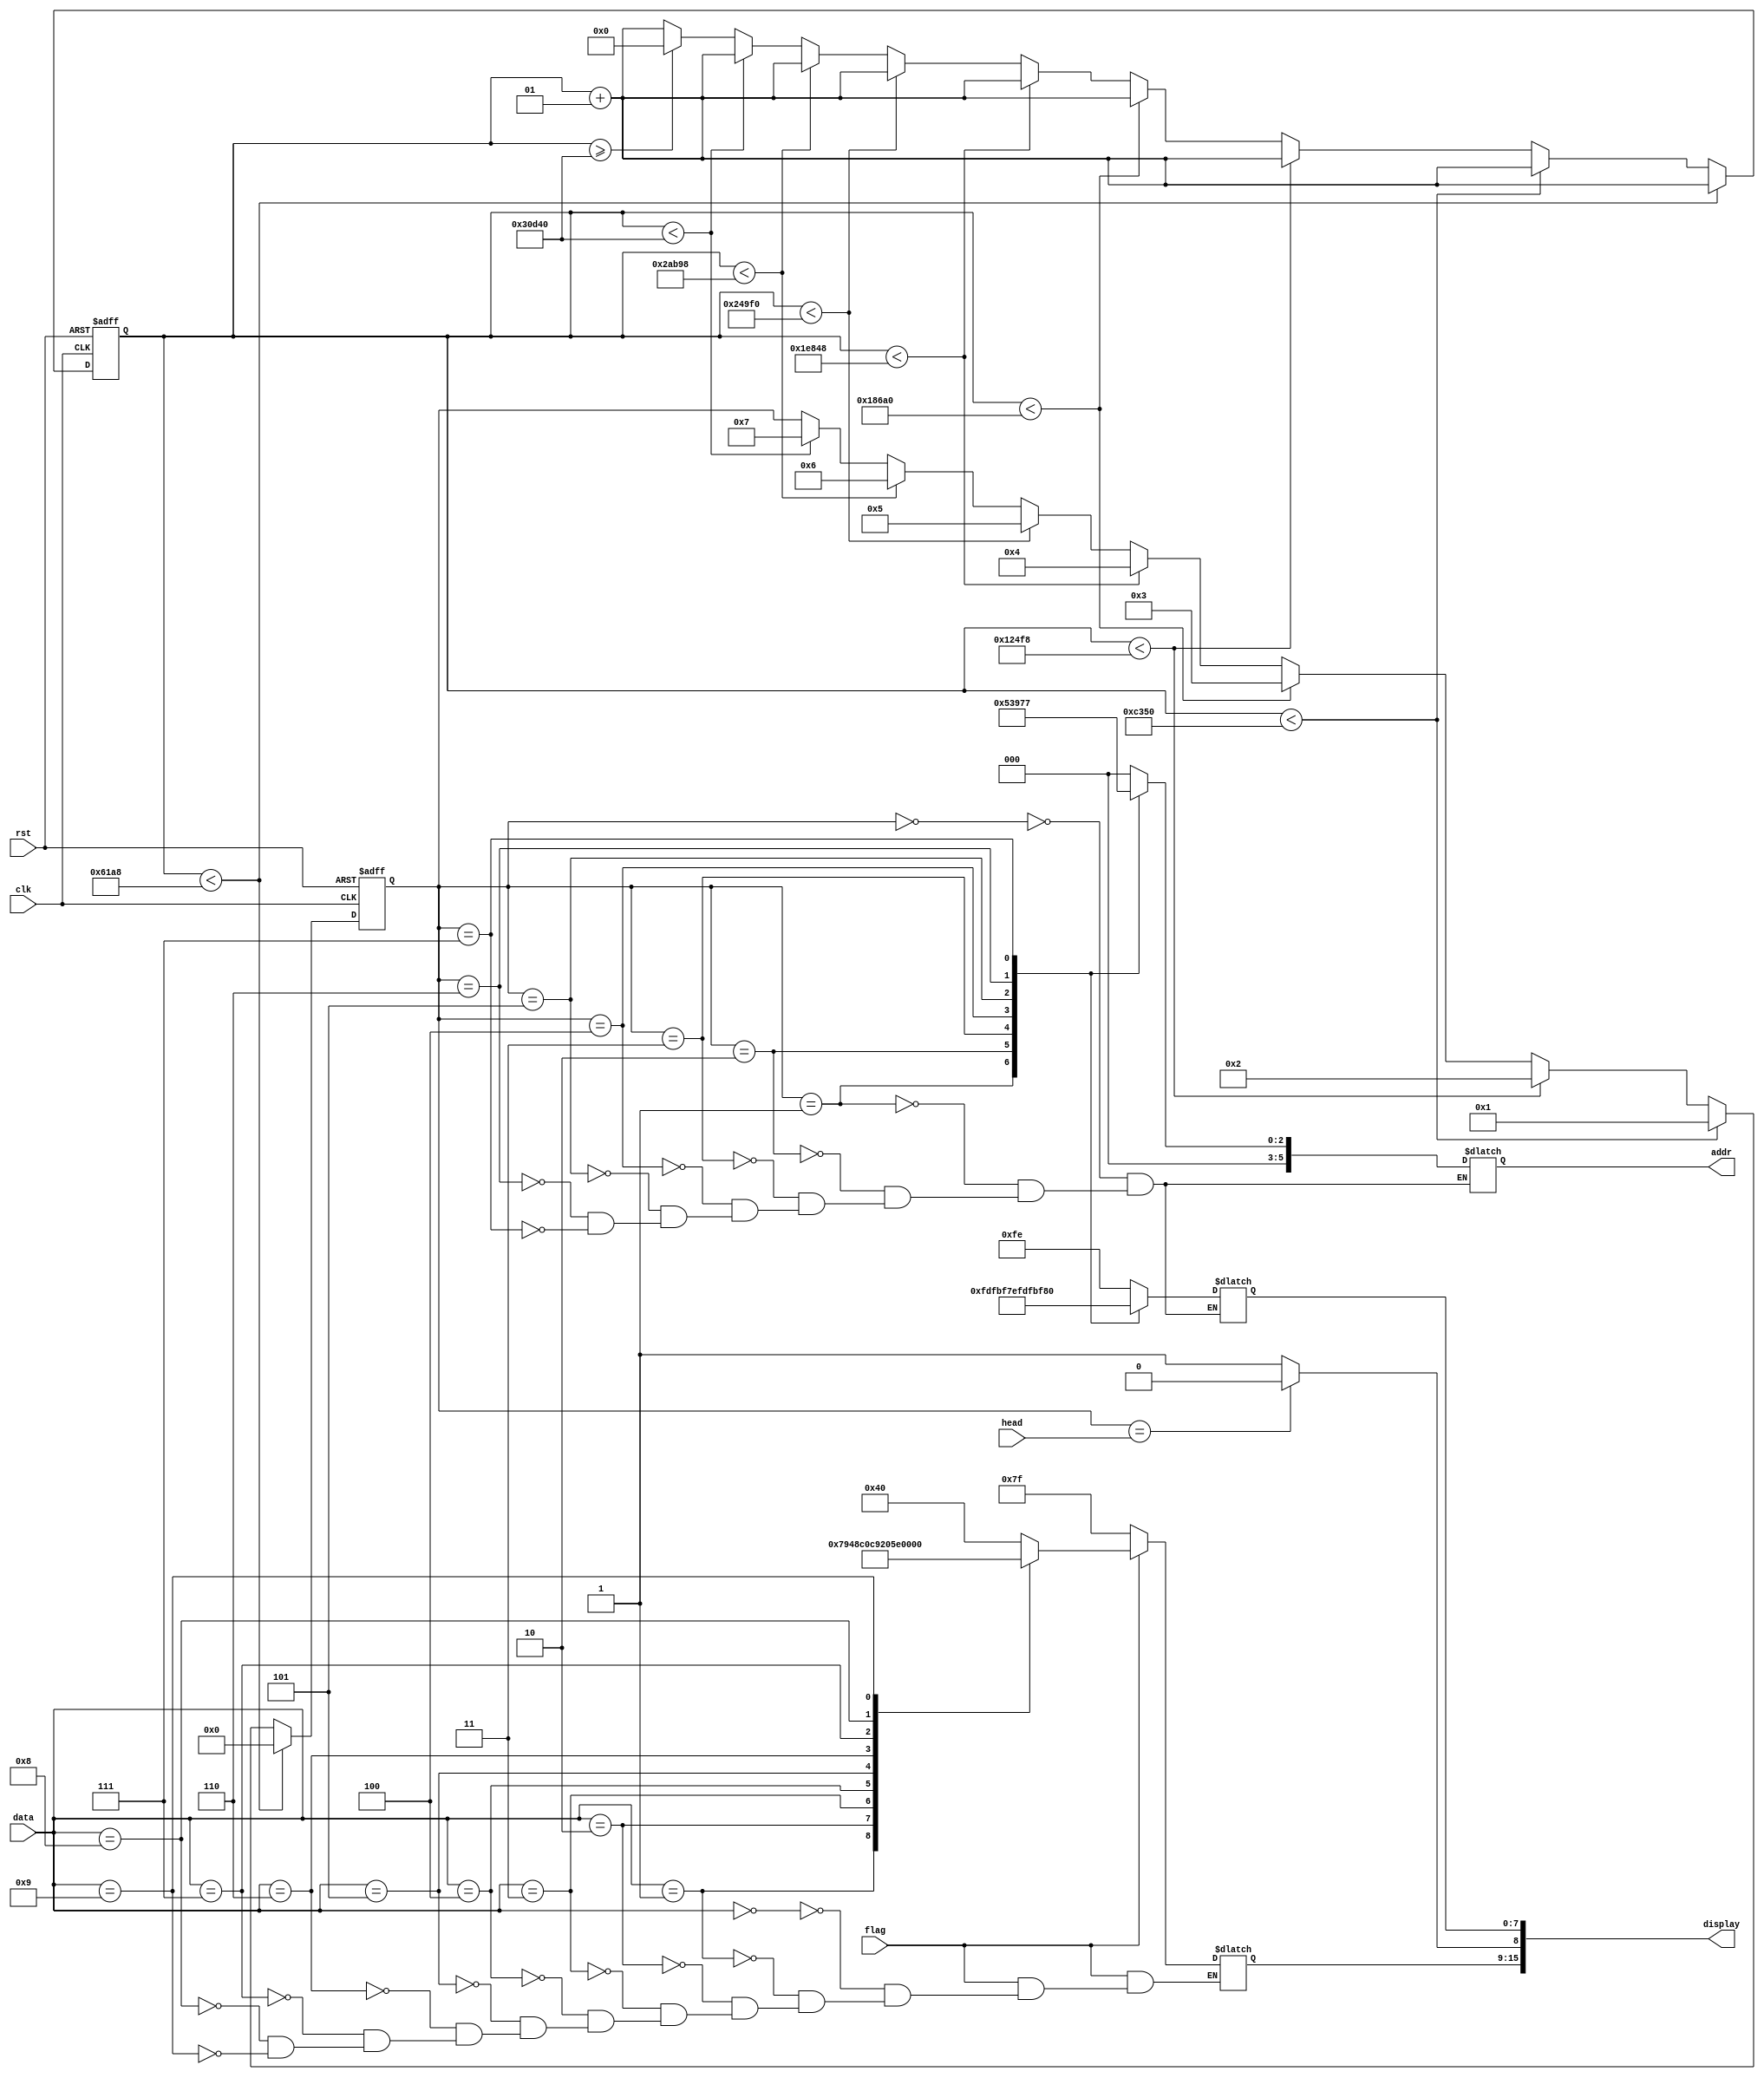
`timescale 1ns / 1ps


/* ATTENTION */
/* DIS */

module DIS(
    flag,
    display,
    head,
    clk,
    rst,
    addr,
    data
    );
    
    input   clk, rst;
    input   [3:0] head;
    
    input   flag;
        
    output  reg [15:0] display;
    
    reg     [3:0] state;
    parameter   s0 = 4'd0, s1 = 4'd1, s2 = 4'd2, s3 = 4'd3,
                    s4 = 4'd4, s5 = 4'd5, s6 = 4'd6, s7 = 4'd7, start = 4'd8;
                    
    output  reg     [5:0] addr;
    input   wire    [4:0] data;
    
    integer k = 0;
    
    always @(posedge clk or posedge rst)
    begin
        if(rst)
        begin
            k <= 0;
            state <= s0;
        end
        else
        begin
            k <= k + 1;
            if(k < 25000)
                state <= s0;
            else if(k < 50000)
                state <= s1;
            else if(k < 75000)
                state <= s2;
            else if(k < 100000)
                state <= s3;
            else if(k < 125000)
                state <= s4;
            else if(k < 150000)
                state <= s5;
            else if(k < 175000)
                state <= s6;
            else if(k < 200000)
                state <= s7;
            else if(k >= 200000)
                k <= 0;
        end
    end
    
    always @(*)
    begin
        case(state)
            s0: 
            begin
                display[7:0] = 8'b1111_1110;
                addr = 5'd0;
                end
            s1: 
            begin
                display[7:0] = 8'b1111_1101;
                addr = 5'd1;
                end
            s2: 
            begin
                display[7:0] = 8'b1111_1011;
                addr = 5'd2;
                end
            s3: 
            begin
                display[7:0] = 8'b1111_0111;
                addr = 5'd3;
                end
            s4: 
            begin
                display[7:0] = 8'b1110_1111;
                addr = 5'd4;
                end
            s5: 
            begin
                display[7:0] = 8'b1101_1111;
                addr = 5'd5;
                end
            s6: 
            begin
                display[7:0] = 8'b1011_1111;
                addr = 5'd6;
                end
            s7: 
            begin
                display[7:0] = 8'b0111_1111;
                addr = 5'd7;
                end
            default:;
        endcase
    end
   
    always @(state) //always @(*)
    begin
        if(flag == 1'b1)
            case(data)
                4'd0: display[15:9] = 7'b1000_000;
                4'd1: display[15:9] = 7'b1111_001;
                4'd2: display[15:9] = 7'b0100_100;
                4'd3: display[15:9] = 7'b0110_000;
                4'd4: display[15:9] = 7'b0011_001;
                4'd5: display[15:9] = 7'b0010_010;
                4'd6: display[15:9] = 7'b0000_010;
                4'd7: display[15:9] = 7'b1111_000;
                4'd8: display[15:9] = 7'b0000_000;
                4'd9: display[15:9] = 7'b0010_000;
                default:;
            endcase
        else
            display[15:9] = 7'b1111_111;
    end
    
    always @(*)
    begin
        if(state == head)
            display[8] = 0;
        else
            display[8] = 1;
    end    
            
endmodule